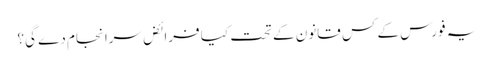
یہ فورس کے کس قانون کے تحت کیا فرائض سرانجام دے گی؟